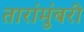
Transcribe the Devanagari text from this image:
तारांमुंबरी